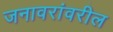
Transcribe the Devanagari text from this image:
जनावरांवरील